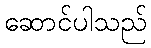
ဆောင်ပါသည်